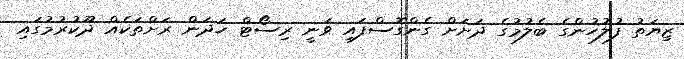
ޒިޔަތު ފުލުހުންގެ ބެލުމުގެ ދަށަށް ގެންގޮސްފައި ވަނީ ރިސޯޓް ހަދަން ރަށްތަކެއް ދޫކުރުމުގައި